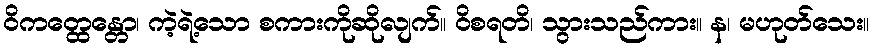
ဝိကတ္ထေန္တော၊ ကဲ့ရဲ့သော စကားကိုဆိုလျက်။ ဝိစရတိ၊ သွားသည်ကား။ န၊ မဟုတ်သေး။